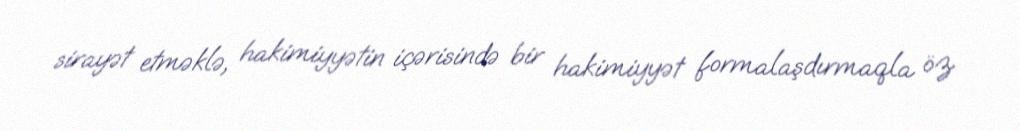
sirayət etməklə, hakimiyyətin içərisində bir hakimiyyət formalaşdırmaqla öz